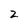
Character: 2